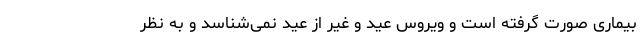
بیماری صورت گرفته است و ویروس عید و غیر از عید نمی‌شناسد و به نظر